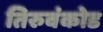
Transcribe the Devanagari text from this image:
तिरुवंकोड